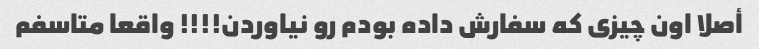
أصلا اون چیزی که سفارش داده بودم رو نیاوردن!!!! واقعا متاسفم